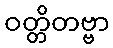
ဝတ္တိတဗ္ဗာ